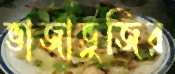
ভাজাভুজির